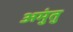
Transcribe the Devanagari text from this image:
अमुंतु